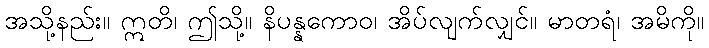
အသို့နည်း။ ဣတိ၊ ဤသို့။ နိပန္နကောဝ၊ အိပ်လျက်လျှင်။ မာတရံ၊ အမိကို။